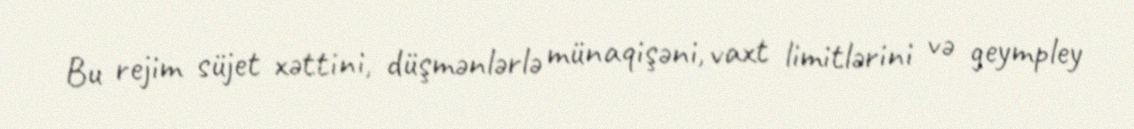
Bu rejim süjet xəttini, düşmənlərlə münaqişəni, vaxt limitlərini və geympley